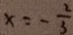
x = - \frac { 2 } { 3 }